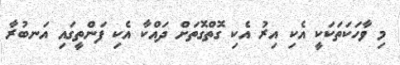
މި ވާހަކަތަކަކީ އެކި އިރު އެކި ގޮތްގޮތަށް ދައްކާ އެކި ފަންތީގައި އަނބުރާ